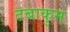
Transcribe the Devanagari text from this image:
टबाकुम